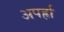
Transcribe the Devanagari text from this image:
अपर्ह्रा